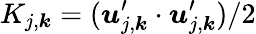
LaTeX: K_{j,\boldsymbol{k}}=(\boldsymbol{u}_{j,\boldsymbol{k}}^{\prime}\cdot\boldsymbol{u}_{j,\boldsymbol{k}}^{\prime})/2